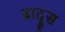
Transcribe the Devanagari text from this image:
ब्रादूस